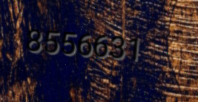
8556631